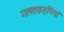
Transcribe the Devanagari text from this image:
गलतफ़हमियां